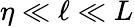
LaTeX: \eta\ll\ell\ll L